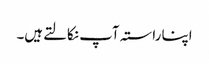
اپنا راستہ آپ نکالتےہیں۔